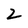
Character: 2